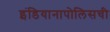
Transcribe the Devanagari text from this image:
इंडियानापोलिसची